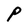
Character: P